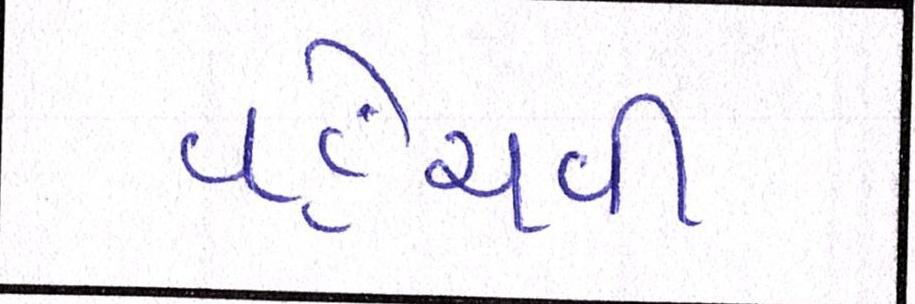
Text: વહેંચવી